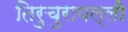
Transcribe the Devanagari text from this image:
तिरुचुरापल्ली